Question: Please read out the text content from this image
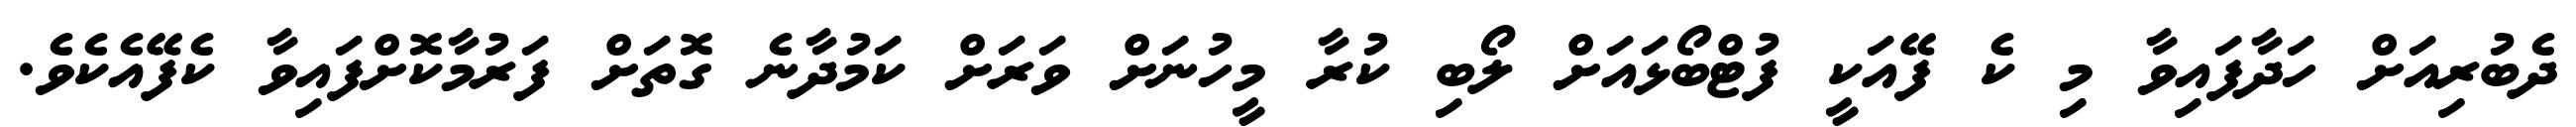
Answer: ދެބުރިއަށް ހަދާފައިވާ މި ކެ ފޭއަކީ ފުޓްބޯޅައަށް ލޯބި ކުރާ މީހުނަށް ވަރަށް ކަމުދާނެ ގޮތަށް ފަރުމާކޮށްފައިވާ ކެފޭއެކެވެ.